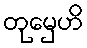
တုမှေဟိ